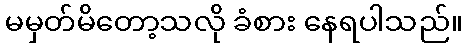
မမှတ်မိတော့သလို ခံစား နေရပါသည်။